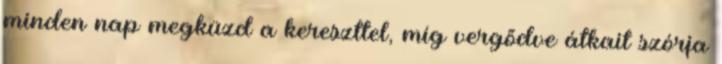
minden nap megküzd a kereszttel, míg vergődve átkait szórja